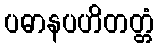
ပဓာနပဟိတတ္တံ